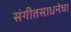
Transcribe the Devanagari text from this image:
संगीतसाधनेचा